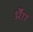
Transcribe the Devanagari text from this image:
र्ध्रााेंं